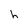
Character: h